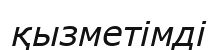
қызметімді